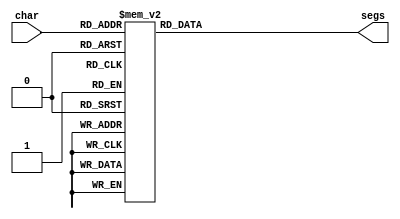
/*
   This file was generated automatically by the Mojo IDE version B1.3.6.
   Do not edit this file directly. Instead edit the original Lucid source.
   This is a temporary file and any changes made to it will be destroyed.
*/

module seven_seg_5 (
    input [3:0] char,
    output reg [7:0] segs
  );
  
  
  
  always @* begin
    
    case (char)
      1'h0: begin
        segs = 8'hdb;
      end
      1'h1: begin
        segs = 8'h88;
      end
      2'h2: begin
        segs = 8'h5e;
      end
      2'h3: begin
        segs = 8'hce;
      end
      3'h4: begin
        segs = 8'h8d;
      end
      3'h5: begin
        segs = 8'hc7;
      end
      3'h6: begin
        segs = 8'hd7;
      end
      3'h7: begin
        segs = 8'h8a;
      end
      4'h8: begin
        segs = 8'hdf;
      end
      4'h9: begin
        segs = 8'hdb;
      end
      4'ha: begin
        segs = 8'h9f;
      end
      4'hb: begin
        segs = 8'hd5;
      end
      4'hc: begin
        segs = 8'h53;
      end
      4'hd: begin
        segs = 8'hdc;
      end
      4'he: begin
        segs = 8'h57;
      end
      4'hf: begin
        segs = 8'h17;
      end
      default: begin
        segs = 8'h00;
      end
    endcase
  end
endmodule